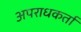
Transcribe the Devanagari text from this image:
अपराधकर्ता